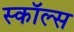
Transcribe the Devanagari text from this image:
स्कॉल्स